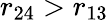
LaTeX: r_{24}>r_{13}